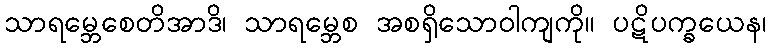
သာရမ္ဘေစေတိအာဒိ၊ သာရမ္ဘေစ အစရှိသောဝါကျကို။ ပဋိပက္ခယေန၊